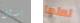
اسئل لعلها